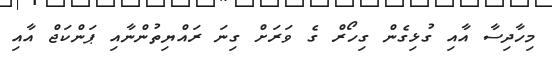
މިހާދިސާ އާއި ގުޅިގެން ގިހޯރް ގެ ވަރަށް ގިނަ ރައްޔިތުންނާއި ޕަންކަޖް އާއި